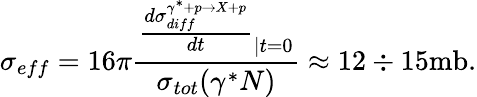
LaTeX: \sigma_{eff}=16\pi{\frac{{\frac{d\sigma_{diff}^{\gamma^{*}+p\rightarrow X+p}}{dt}}_{\left|t=0\right.}}{\sigma_{tot}(\gamma^{*}N)}}\approx 12\div 15\mathrm{mb}.